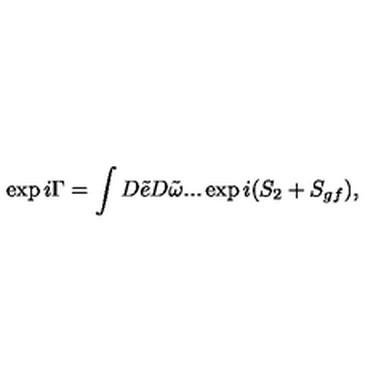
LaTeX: \exp i \Gamma = \int D \tilde { e } D \tilde { \omega } . . . \exp i ( S _ { 2 } + S _ { g f } ) ,